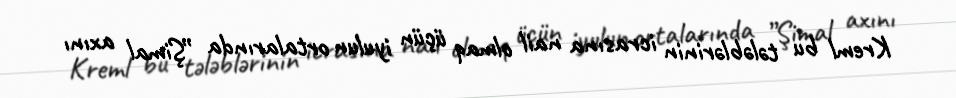
Kreml bu tələblərinin icrasına nail olmaq üçün iyulun ortalarında ”Şimal axını